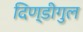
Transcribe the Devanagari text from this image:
दिण्डीगुल